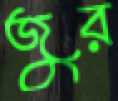
জুর